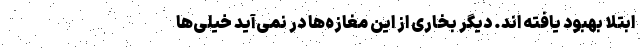
ابتلا بهبود یافته اند. دیگر بخاری از این مغازه‌ها در نمی‌آید خیلی‌ها